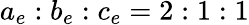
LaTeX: a_{e}:b_{e}:c_{e}=2:1:1